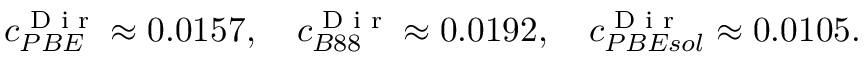
c _ { P B E } ^ { \textnormal { D i r } } \approx 0 . 0 1 5 7 , \quad c _ { B 8 8 } ^ { \textnormal { D i r } } \approx 0 . 0 1 9 2 , \quad c _ { P B E s o l } ^ { \textnormal { D i r } } \approx 0 . 0 1 0 5 .